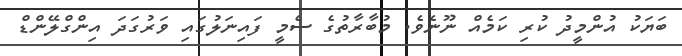
ބަޔަކު އުންމީދު ކުރި ކަމެއް ނޫނެވެ. މުބާރާތުގެ ސެމީ ފައިނަލުގައި ވަރުގަދަ އިންގްލޭންޑް